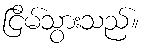
ငြိမ်သွားသည်။